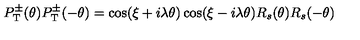
P _ { \mathrm { T } } ^ { \pm } ( \theta ) P _ { \mathrm { T } } ^ { \pm } ( - \theta ) = \cos ( \xi + i \lambda \theta ) \cos ( \xi - i \lambda \theta ) R _ { s } ( \theta ) R _ { s } ( - \theta )